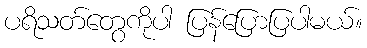
ပရိသတ်တွေကိုပါ ပြန်ပြောပြပါမယ်။